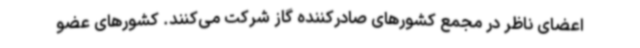
اعضای ناظر در مجمع کشورهای صادرکننده گاز شرکت می‌کنند. کشورهای عضو